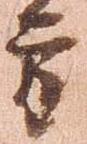
方